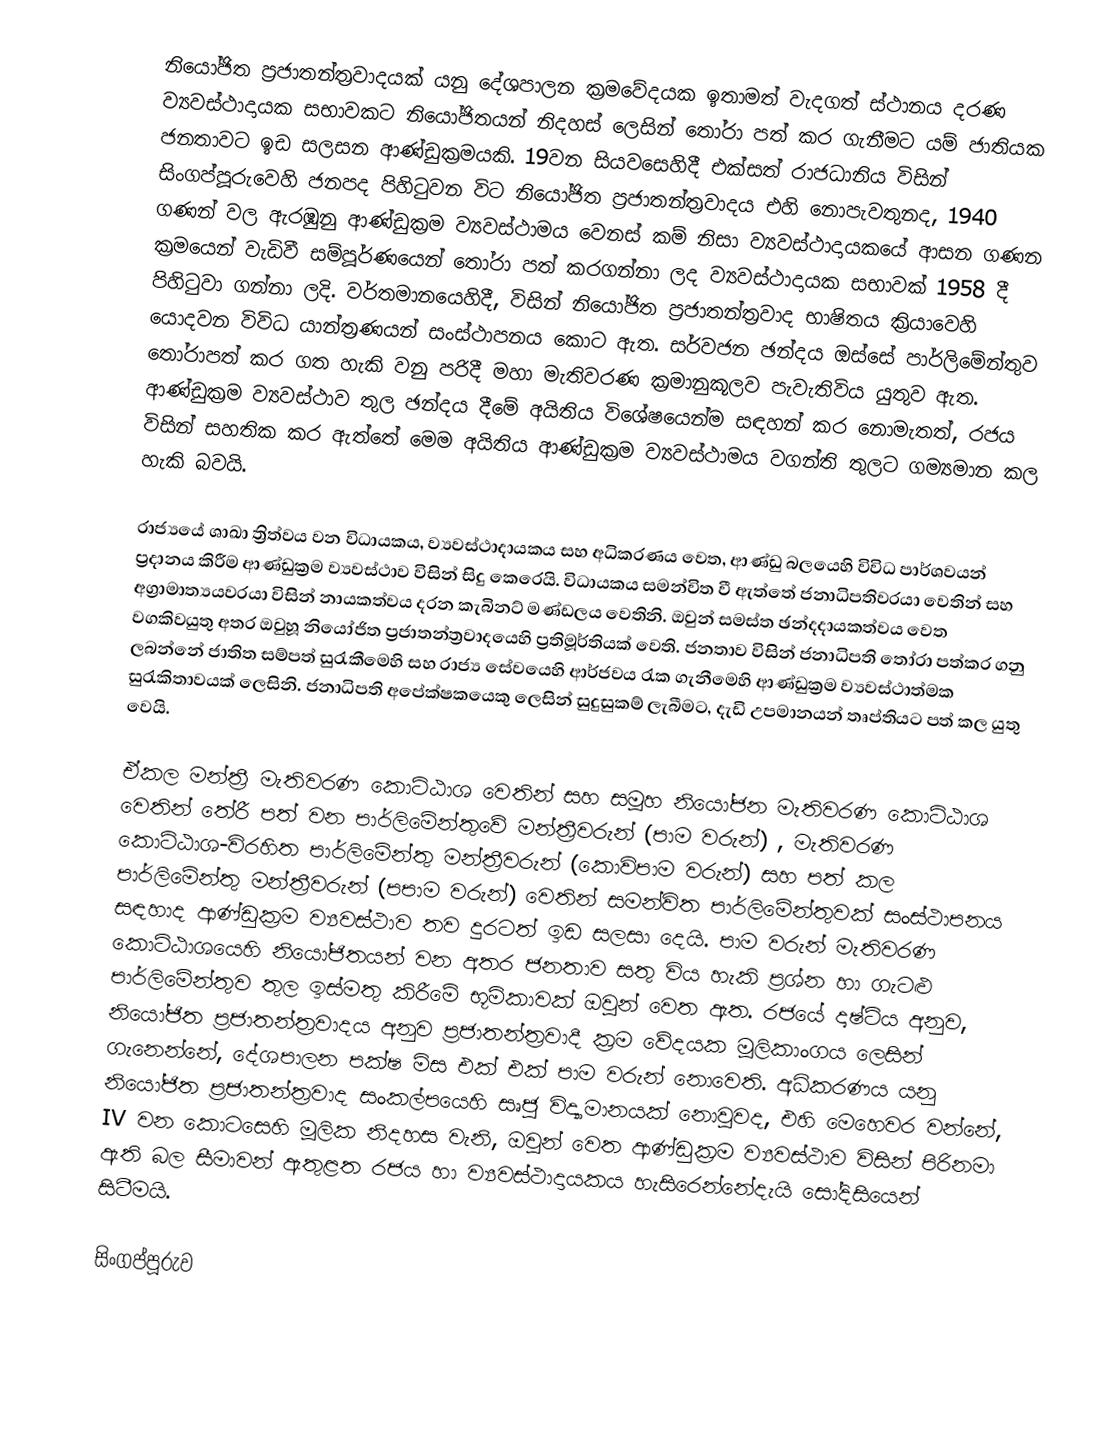
නියෝජිත ප්‍රජාතන්ත්‍රවාදයක් යනු දේශපාලන ක්‍රමවේදයක ඉතාමත් වැදගත් ස්ථානය දරණ ව්‍යවස්ථාදායක සභාවකට නියෝජිතයන් නිදහස් ලෙසින් තෝරා පත් කර ගැනීමට යම් ජාතියක ජනතාවට  ඉඩ සලසන ආණ්ඩුක්‍රමයකි. 19වන සියවසෙහිදී එක්සත් රාජධානිය විසින් සිංගප්පූරුවෙහි ජනපද පිහිටුවන විට නියෝජිත ප්‍රජාතන්ත්‍රවාදය එහි නොපැවතුනද, 1940 ගණන් වල ඇරඹුනු ආණ්ඩුක්‍රම ව්‍යවස්ථාමය වෙනස් කම් නිසා ව්‍යවස්ථාදායකයේ ආසන ගණන ක්‍රමයෙන් වැඩිවී සම්පූර්ණයෙන් තෝරා පත් කරගන්නා ලද ව්‍යවස්ථාදායක සභාවක් 1958 දී පිහිටුවා ගන්නා ලදි. වර්තමානයෙහිදී,  විසින් නියෝජිත ප්‍රජාතන්ත්‍රවාද භාෂිතය ක්‍රියාවෙහි යොදවන විවිධ යාන්ත්‍රණයන් සංස්ථාපනය කොට ඇත. සර්වජන ඡන්දය ඔස්සේ  පාර්ලිමේන්තුව තෝරාපත් කර ගත හැකි වනු පරිදී  මහා මැතිවරණ ක්‍රමානුකූලව පැවැතිවිය යුතුව ඇත. ආණ්ඩුක්‍රම ව්‍යවස්ථාව තුල  ඡන්දය දීමේ අයිතිය විශේෂයෙන්ම සඳහන් කර නොමැතත්,  රජය විසින් සහතික කර ඇත්තේ මෙම අයිතිය ආණ්ඩුක්‍රම ව්‍යවස්ථාමය වගන්ති තුලට ගම්‍යමාන කල හැකි බවයි.

රාජ්‍යයේ ශාඛා ත්‍රිත්වය වන විධායකය, ව්‍යවස්ථාදායකය සහ අධිකරණය වෙත, ආණ්ඩු බලයෙහි විවිධ පාර්ශවයන් ප්‍රදානය කිරීම ආණ්ඩුක්‍රම ව්‍යවස්ථාව විසින් සිදු කෙරෙයි. විධායකය සමන්විත වී ඇත්තේ  ජනාධිපතිවරයා වෙතින් සහ   අග්‍රාමාත්‍යයවරයා විසින් නායකත්වය දරන  කැබිනට් මණ්ඩලය වෙතිනි. ඔවුන් සමස්ත ඡන්දදායකත්වය වෙත වගකිවයුතු අතර ඔවුහූ නියෝජිත ප්‍රජාතන්ත්‍රවාදයෙහි ප්‍රතිමූර්තියක් වෙති. ජනතාව විසින් ජනාධිපති තෝරා පත්කර ගනු ලබන්නේ ජාතිත සම්පත් සුරැකීමෙහි සහ රාජ්‍ය සේවයෙහි ආර්ජවය රැක ගැනීමෙහි ආණ්ඩුක්‍රම ව්‍යවස්ථාත්මක  සුරැකිතාවයක් ලෙසිනි. ජනාධිපති අපේක්ෂකයෙකු ලෙසින්  සුදුසුකම් ලැබීමට,  දැඩි  උපමානයන් තෘප්තියට පත් කල යුතු වෙයි.

ඒකල මන්ත්‍රී මැතිවරණ කොට්ඨාශ වෙතින් සහ  සමූහ නියෝජන මැතිවරණ කොට්ඨාශ වෙතින් තේරී පත් වන   පාර්ලිමේන්තුවේ මන්ත්‍රීවරුන් (පාම වරුන්) ,  මැතිවරණ කොට්ඨාශ-විරහිත පාර්ලිමේන්තු මන්ත්‍රීවරුන් (කොවිපාම වරුන්) සහ   පත් කල පාර්ලිමේන්තු මන්ත්‍රීවරුන් (පපාම වරුන්) වෙතින් සමන්විත පාර්ලිමේන්තුවක් සංස්ථාපනය සඳහාද ආණ්ඩුක්‍රම ව්‍යවස්ථාව තව දුරටත් ඉඩ සලසා දෙයි. පාම වරුන් මැතිවරණ කොට්ඨාශයෙහි නියෝජිතයන් වන අතර ජනතාව සතු විය හැකි  ප්‍රශ්න හා ගැටළු පාර්ලිමේන්තුව තුල ඉස්මතු කිරීමේ භූමිකාවක් ඔවුන් වෙත ඇත. රජයේ දෘෂ්ටිය අනුව, නියෝජිත ප්‍රජාතන්ත්‍රවාදය අනුව ප්‍රජාතන්ත්‍රවාදී ක්‍රම වේදයක මූලිකාංගය ලෙසින් ගැනෙන්නේ,   දේශපාලන පක්ෂ මිස එක් එක් පාම වරුන් නොවෙති. අධිකරණය යනු නියෝජිත ප්‍රජාතන්ත්‍රවාද සංකල්පයෙහි සෘජු විද්‍යාමානයක් නොවුවද, එහි මෙහෙවර වන්නේ, IV වන කොටසෙහි මූලික නිදහස වැනි,  ඔවුන් වෙත ආණ්ඩුක්‍රම ව්‍යවස්ථාව විසින් පිරිනමා ඇති බල සීමාවන් ඇතුළත   රජය හා ව්‍යවස්ථාදායකය හැසිරෙන්නේදැයි   සෝදිසියෙන් සිටීමයි.

සිංගප්පූරුව